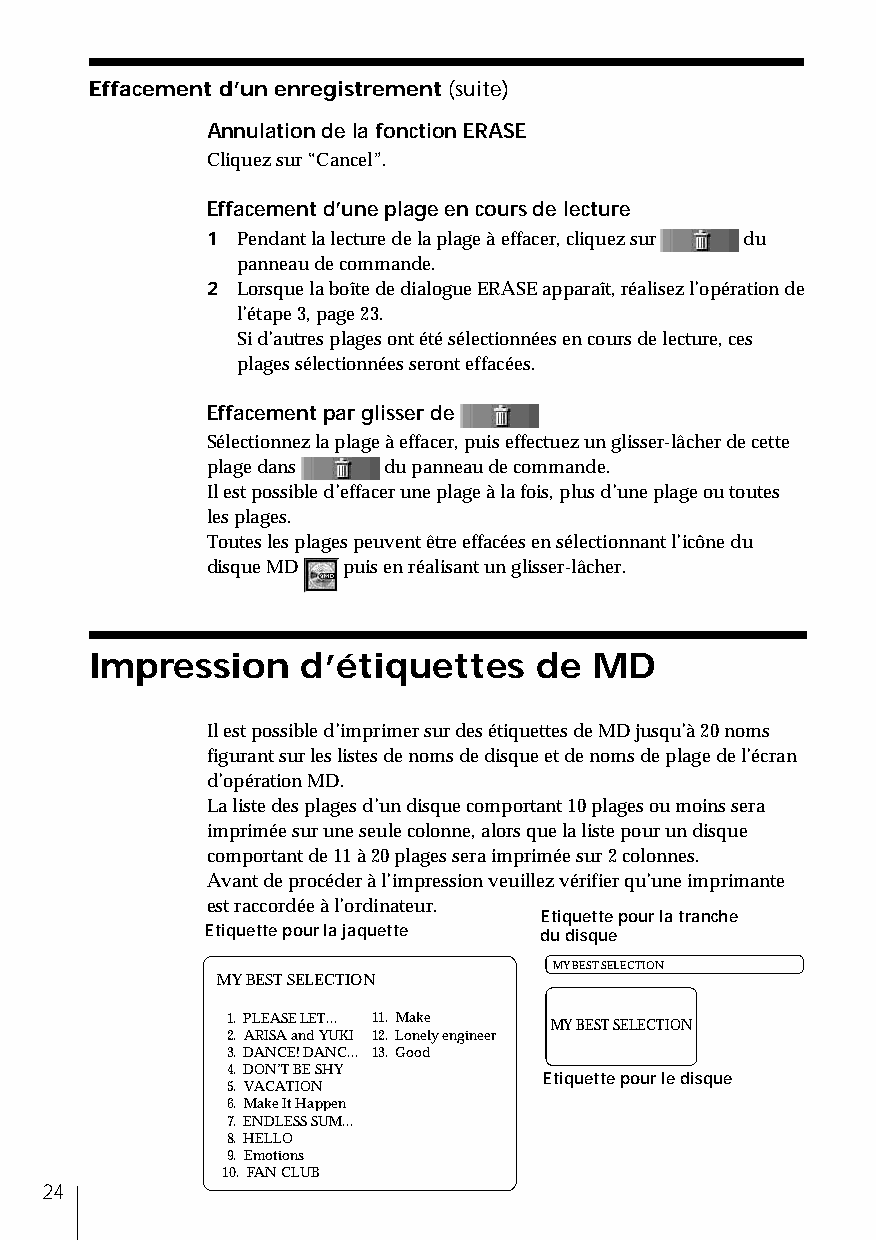
Effacement d’un enregistrement (suite)
 Annulation de la fonction ERASE
 Cliquez sur “Cancel”.
 Effacement d’une plage en cours de lecture
 1 Pendant la lecture de la plage à effacer, cliquez sur du
 panneau de commande.
 2 Lorsque la boîte de dialogue ERASE apparaît, réalisez l’opération de
 l’étape 3, page 23.
 Si d’autres plages ont été sélectionnées en cours de lecture, ces
 plages sélectionnées seront effacées.
 Effacement par glisser de
 Sélectionnez la plage à effacer, puis effectuez un glisser-lâcher de cette
 plage dans du panneau de commande.
 Il est possible d’effacer une plage à la fois, plus d’une plage ou toutes
 les plages.
 Toutes les plages peuvent être effacées en sélectionnant l’icône du
 disque MD puis en réalisant un glisser-lâcher.
 Impression    d’étiquettes    de MD
 Il est possible d’imprimer sur des étiquettes de MD jusqu’à 20 noms
 figurant sur les listes de noms de disque et de noms de plage de l’écran
 d’opération MD.
 La liste des plages d’un disque comportant 10 plages ou moins sera
 imprimée sur une seule colonne, alors que la liste pour un disque
 comportant de 11 à 20 plages sera imprimée sur 2 colonnes.
 Avant de procéder à l’impression veuillez vérifier qu’une imprimante
 est raccordée à l’ordinateur.
 Etiquette pour la tranche
 Etiquette pour la jaquette du disque
 MY BEST SELECTION
 MY BEST SELECTION
 1. PLEASE LET... 11. Make MY BEST SELECTION
 2. ARISA and YUKI 12. Lonely engineer
 3. DANCE! DANC... 13. Good
 4. DON’T BE SHY
 Etiquette pour le disque
 5. VACATION
 6. Make It Happen
 7. ENDLESS SUM...
 8. HELLO
 9. Emotions
 10. FAN CLUB
 24